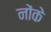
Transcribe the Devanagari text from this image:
नोंके